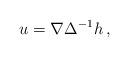
LaTeX: \begin{align*} u = \nabla \Delta^{-1} h \, ,\end{align*}